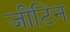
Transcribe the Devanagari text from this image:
जीटिन